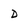
Character: D